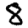
Digit: 8